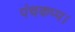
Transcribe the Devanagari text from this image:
पंचकप्प।